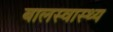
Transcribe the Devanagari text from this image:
बालस्वास्थ्य